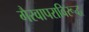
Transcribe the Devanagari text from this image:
गैरवापराविरूद्ध